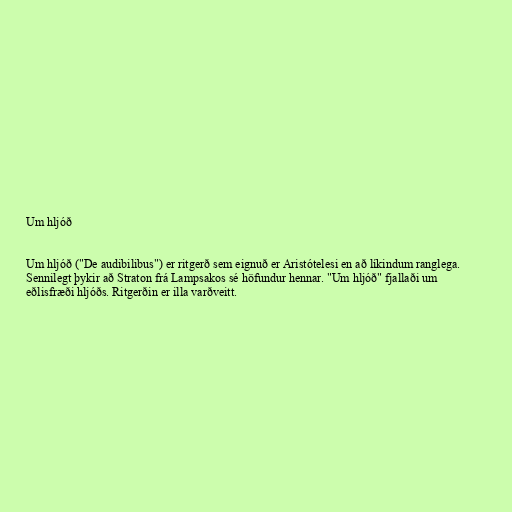
Um hljóð

Um hljóð ("De audibilibus") er ritgerð sem eignuð er Aristótelesi en að líkindum ranglega.
Sennilegt þykir að Straton frá Lampsakos sé höfundur hennar. "Um hljóð" fjallaði um
eðlisfræði hljóðs. Ritgerðin er illa varðveitt.